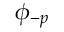
\phi _ { - p }